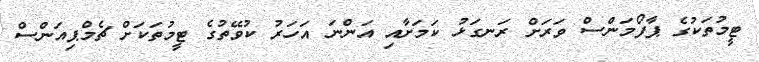
ޓީމުތަކުގެ ޕާފޯމަންސް ވަރަށް ރަނގަޅު ކަމަށާއި އަންނަ އަހަރު ކުވޭތުގެ ޓީމުތަކަށް ޗެމްޕިއަންސް